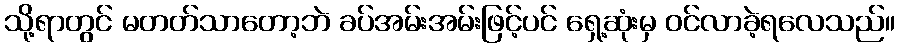
သို့ရာတွင် မတတ်သာတော့ဘဲ ခပ်အမ်းအမ်းဖြင့်ပင် ရှေ့ဆုံးမှ ဝင်လာခဲ့ရလေသည်။